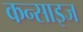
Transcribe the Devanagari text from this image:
कन्साइज